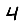
Digit: 4